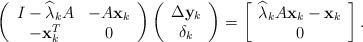
LaTeX: \begin{align*}\left(\begin{array}{cc}I-\widehat{\lambda}_{k}A & -A\mathbf{x}_k \\-\mathbf{x}_k^{T} & 0\end{array}\right)\left(\begin{array}{c}\Delta\mathbf{y}_{k} \\\delta _{k}\end{array}\right) =\left[\begin{array}{c}\widehat{\lambda}_{k}A\mathbf{x}_{k}-\mathbf{x}_{k} \\0\end{array}\right]. \end{align*}